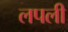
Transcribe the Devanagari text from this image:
लपली